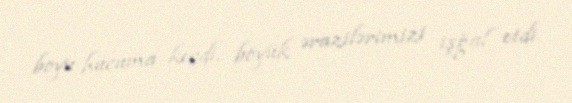
boyu hücuma keçdi, böyük ərazilərimizi işğal etdi.